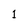
Character: 1